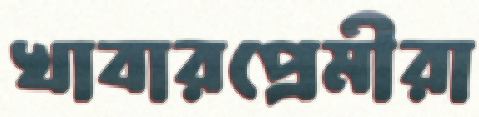
খাবারপ্রেমীরা